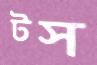
টস